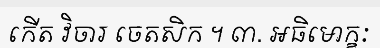
កើត វិចារ ចេតសិក ។ ៣. អធិមោក្ខៈ